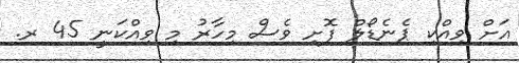
އަށް ވިއްކި ޕެނެޑޯލް ފޮށި ވެސް މިހާރު މި ވިއްކަނީ 45 ރ.